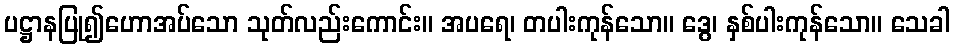
ပဋ္ဌာနပြု၍ဟောအပ်သော သုတ်လည်းကောင်း။ အပရေ၊ တပါးကုန်သော။ ဒွေ၊ နှစ်ပါးကုန်သော။ သေခါ